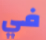
في